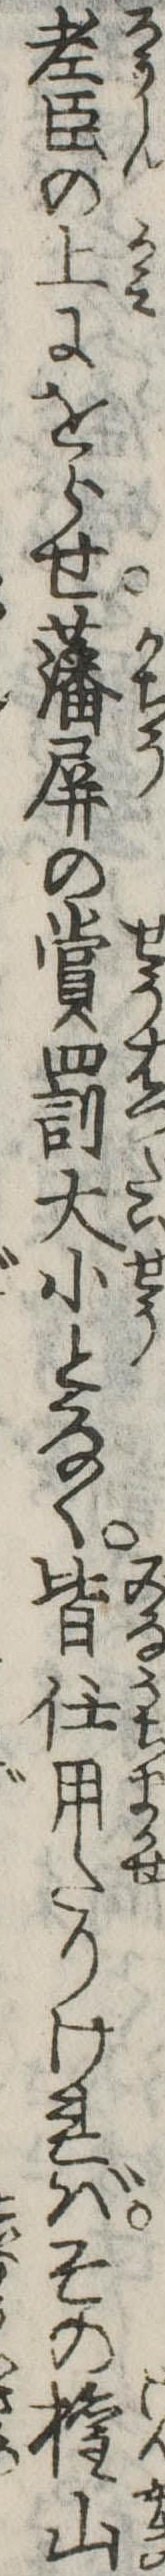
老臣の上にをらせ藩屏の賞罰大小となく皆任用たりければその権山